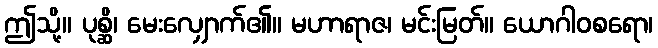
ဤသို့။ ပုစ္ဆိ၊ မေးလျှောက်၏။ မဟာရာဇ၊ မင်းမြတ်။ ယောဂါဝစရော၊